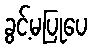
ခွင့်မပြုပေ